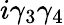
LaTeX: i\gamma_{3}\gamma_{4}